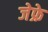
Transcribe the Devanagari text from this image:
जेफ्रे